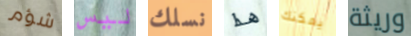
شؤم ليس نسلك هذا يمكنك وريثة